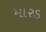
મારડ